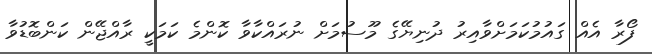
ފޯރާ އެއް ގައުމުކަމަށްވާއިރު ދުނިޔޭގެ މޫސުމަށް ނުރައްކާވާ ކޮންމެ ކަމަކީ ރާއްޖޭން ކަންބޮޑުވާ